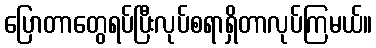
ပြောတာတွေရပ်ပြီးလုပ်စရာရှိတာလုပ်ကြမယ်။